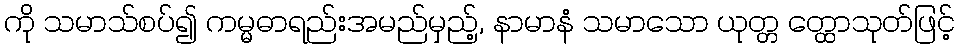
ကို သမာသ်စပ်၍ ကမ္မဓာရည်းအမည်မှည့်, နာမာနံ သမာသော ယုတ္တ တ္ထောသုတ်ဖြင့်